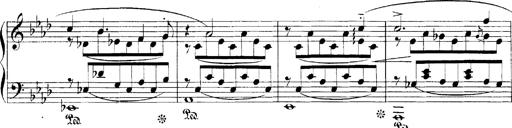
Title: LiebestrÃ¤ume
Composer: Franz Behr
Key: E-flat major